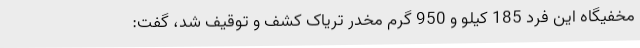
مخفیگاه این فرد 185 کیلو و 950 گرم مخدر تریاک کشف و توقیف شد، گفت: